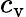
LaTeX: c_{\mathrm{v}}